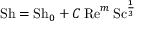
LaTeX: \mathrm { S h } = \mathrm { S h } _ { 0 } + C \, \mathrm { R e } ^ { m } \, \mathrm { S c } ^ { \frac { 1 } { 3 } }